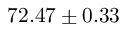
7 2 . 4 7 \pm 0 . 3 3